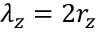
\lambda _ { z } = 2 r _ { z }